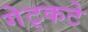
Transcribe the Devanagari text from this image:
गेट्कटे